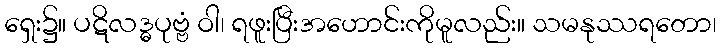
ရှေး၌။ ပဋိလဒ္ဓပုဗ္ဗံ ဝါ၊ ရဖူးပြီးအဟောင်းကိုမူလည်း။ သမနုဿရတော၊